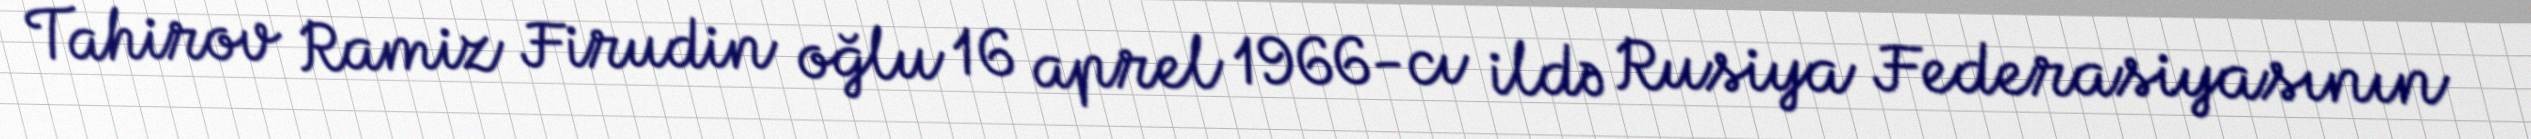
Tahirov Ramiz Firudin oğlu 16 aprel 1966-cı ildə Rusiya Federasiyasının